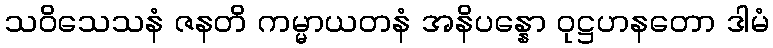
သဝိသေသနံ ဇနတိ ကမ္မာယတနံ အနိပန္နော ဝုဋ္ဌဟနတော ဒါမံ